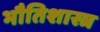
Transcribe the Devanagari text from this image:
भौतिशास्त्र